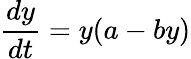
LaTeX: \frac{dy}{dt}=y(a-by)